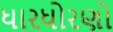
ધારધોરણો